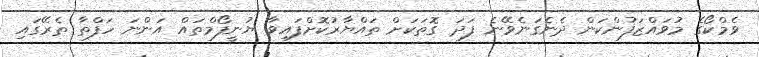
ވެމްކޯގެ މުވައްޒަފުންކަން ދެނެގަނެވޭނެ ފަދަ ގޮތަކަށް ތައްޔާރުކޮށްފައިވާ ޔުނީފޯމްތައް އަންނަ ހަފްތާ ތެރޭގައި